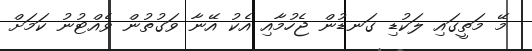
މޭ މަތީގައި ލަކުޑި ގަނޑުން ޖެހުމާއި އެކު އޭނާ ވަގުތުން ވެއްޓުނު ކަމަށް